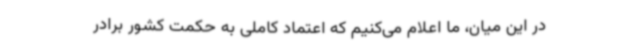
در این میان، ما اعلام می‌کنیم که اعتماد کاملی به حکمت کشور برادر